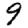
Digit: 9